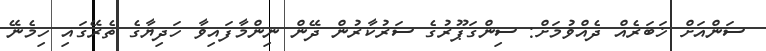
ސަންއަށް ޚަބަރެއް ދެއްވުމަށް: ސިންގަޕޫރުގެ ސަރުކާރުން ދޭން ނިންމާފައިވާ ހަދިޔާގެ ތެރޭގައި ހިމެނޭ